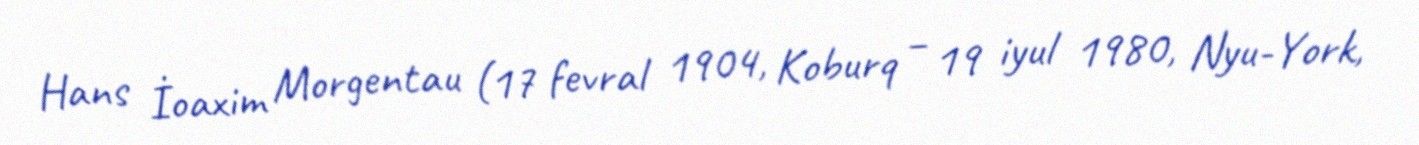
Hans İoaxim Morgentau (17 fevral 1904, Koburq – 19 iyul 1980, Nyu-York,